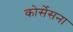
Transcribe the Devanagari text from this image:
कोर्सेसना